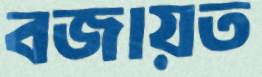
বজায়ত